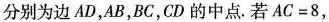
分别为边AD，AB，BC，CD的中点。若$$A C = 8$$，